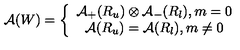
\mathcal { A } ( W ) = \left\{ \begin{array} { c } { \mathcal { A } _ { + } ( R _ { u } ) \otimes \mathcal { A } _ { - } ( R _ { l } ) , m = 0 } \\ { \mathcal { A } ( R _ { u } ) = \mathcal { A } ( R _ { l } ) , m \neq 0 } \\ \end{array} \right.